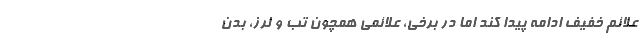
علائم خفیف ادامه پیدا کند اما در برخی، علائمی همچون تب و لرز، بدن